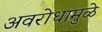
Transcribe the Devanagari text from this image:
अवरोधामुळे